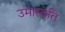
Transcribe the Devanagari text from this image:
उमास्वति